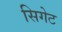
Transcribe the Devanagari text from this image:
सिगेट